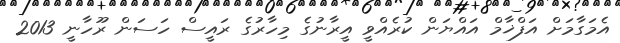
އެމަގާމަށް އަފްޚާމް އައްޔަން ކުރެއްވީ އީރާނުގެ މިހާރުގެ ރައީސް ހަސަން ރޫހާނީ 2013